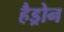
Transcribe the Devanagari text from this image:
हैड्रोन